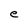
Character: e